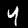
Digit: 4